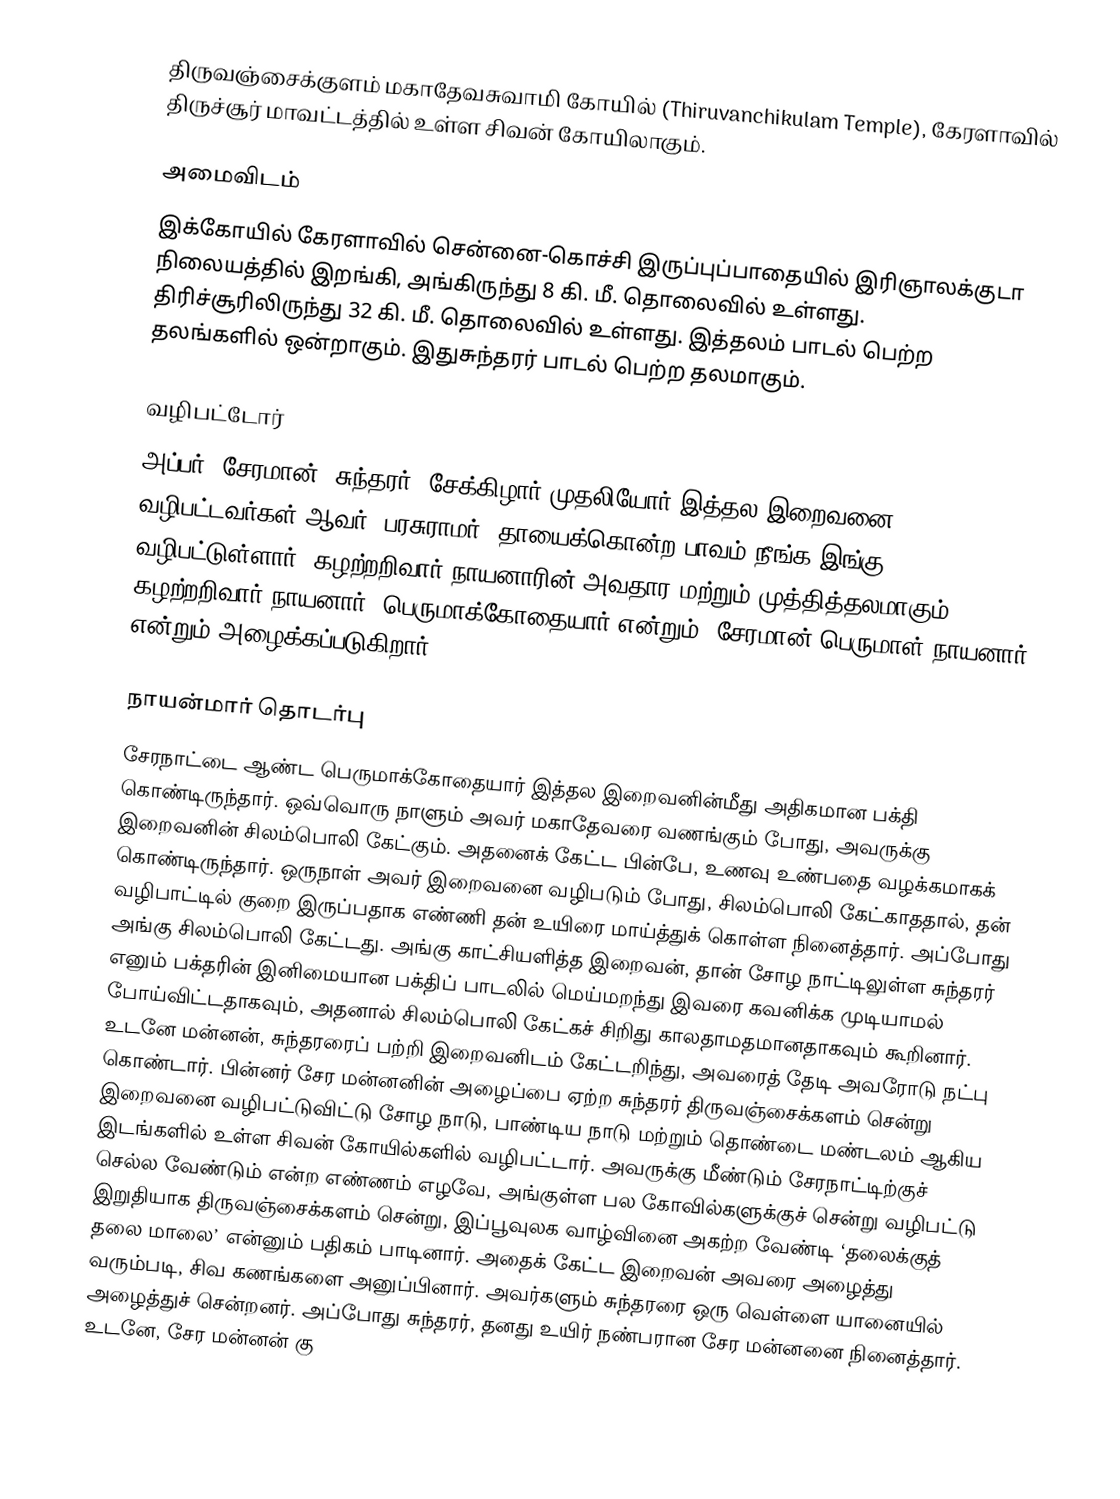
திருவஞ்சைக்குளம் மகாதேவசுவாமி கோயில் (Thiruvanchikulam Temple), கேரளாவில் திருச்சூர் மாவட்டத்தில் உள்ள சிவன் கோயிலாகும்.

அமைவிடம்
இக்கோயில் கேரளாவில் சென்னை-கொச்சி இருப்புப்பாதையில் இரிஞாலக்குடா நிலையத்தில் இறங்கி, அங்கிருந்து 8 கி. மீ. தொலைவில் உள்ளது. திரிச்சூரிலிருந்து 32 கி. மீ. தொலைவில் உள்ளது.  இத்தலம் பாடல் பெற்ற தலங்களில் ஒன்றாகும். இதுசுந்தரர் பாடல் பெற்ற தலமாகும்.

வழிபட்டோர்
அப்பர், சேரமான், சுந்தரர், சேக்கிழார் முதலியோர் இத்தல இறைவனை வழிபட்டவர்கள் ஆவர். பரசுராமர், தாயைக்கொன்ற பாவம் நீங்க இங்கு வழிபட்டுள்ளார். கழற்றறிவார் நாயனாரின் அவதார மற்றும் முத்தித்தலமாகும்.  கழற்றறிவார் நாயனார், பெருமாக்கோதையார் என்றும், சேரமான் பெருமாள் நாயனார் என்றும் அழைக்கப்படுகிறார்.

நாயன்மார் தொடர்பு
சேரநாட்டை ஆண்ட பெருமாக்கோதையார் இத்தல இறைவனின்மீது அதிகமான பக்தி கொண்டிருந்தார். ஒவ்வொரு நாளும் அவர் மகாதேவரை வணங்கும் போது, அவருக்கு இறைவனின் சிலம்பொலி கேட்கும். அதனைக் கேட்ட பின்பே, உணவு உண்பதை வழக்கமாகக் கொண்டிருந்தார். ஒருநாள் அவர் இறைவனை வழிபடும் போது, சிலம்பொலி கேட்காததால், தன் வழிபாட்டில் குறை இருப்பதாக எண்ணி தன் உயிரை மாய்த்துக் கொள்ள நினைத்தார். அப்போது அங்கு சிலம்பொலி கேட்டது. அங்கு காட்சியளித்த இறைவன், தான் சோழ நாட்டிலுள்ள சுந்தரர் எனும் பக்தரின் இனிமையான பக்திப் பாடலில் மெய்மறந்து இவரை கவனிக்க முடியாமல் போய்விட்டதாகவும், அதனால்  சிலம்பொலி கேட்கச் சிறிது காலதாமதமானதாகவும் கூறினார். உடனே மன்னன், சுந்தரரைப் பற்றி இறைவனிடம் கேட்டறிந்து, அவரைத் தேடி அவரோடு நட்பு கொண்டார். பின்னர் சேர மன்னனின் அழைப்பை ஏற்ற சுந்தரர் திருவஞ்சைக்களம் சென்று இறைவனை வழிபட்டுவிட்டு சோழ நாடு, பாண்டிய நாடு மற்றும் தொண்டை மண்டலம் ஆகிய இடங்களில் உள்ள சிவன் கோயில்களில் வழிபட்டார். அவருக்கு மீண்டும் சேரநாட்டிற்குச் செல்ல வேண்டும் என்ற எண்ணம் எழவே, அங்குள்ள பல கோவில்களுக்குச் சென்று வழிபட்டு இறுதியாக திருவஞ்சைக்களம் சென்று, இப்பூவுலக வாழ்வினை அகற்ற வேண்டி ‘தலைக்குத் தலை மாலை’ என்னும் பதிகம் பாடினார். அதைக் கேட்ட இறைவன் அவரை அழைத்து வரும்படி, சிவ கணங்களை அனுப்பினார். அவர்களும் சுந்தரரை ஒரு வெள்ளை யானையில் அழைத்துச் சென்றனர். அப்போது சுந்தரர், தனது உயிர் நண்பரான சேர மன்னனை நினைத்தார். உடனே, சேர மன்னன் கு